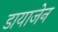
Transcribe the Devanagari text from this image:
डायाजेन